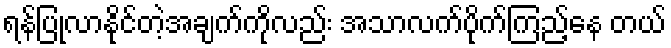
ရန်ပြုလာနိုင်တဲ့အချက်ကိုလည်း အသာလက်ပိုက်ကြည့်နေ တယ်